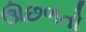
ઊછળતો